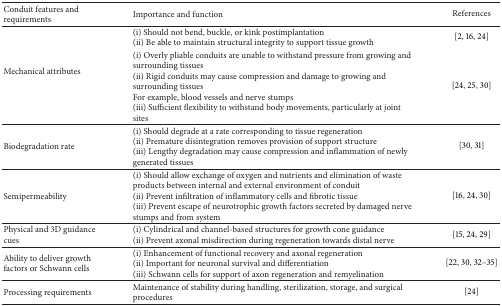
| Conduit features and requirements | Importance and function | References |
 | --- | --- | --- |
 | <ROWSPAN=2> Mechanical attributes | (i) Should not bend, buckle, or kink postimplantation(ii) Be able to maintain structural integrity to support tissue growth | [2, 16, 24] |
 | (i) Overly pliable conduits are unable to withstand pressure from growing and surrounding tissues(ii) Rigid conduits may cause compression and damage to growing and surrounding tissuesFor example, blood vessels and nerve stumps(iii) Sufficient flexibility to withstand body movements, particularly at joint sites | [24, 25, 30] |
 | Biodegradation rate | (i) Should degrade at a rate corresponding to tissue regeneration(ii) Premature disintegration removes provision of support structure(iii) Lengthy degradation may cause compression and inflammation of newly generated tissues | [30, 31] |
 | Semipermeability | (i) Should allow exchange of oxygen and nutrients and elimination of waste products between internal and external environment of conduit(ii) Prevent infiltration of inflammatory cells and fibrotic tissue(iii) Prevent escape of neurotrophic growth factors secreted by damaged nerve stumps and from system | [16, 24, 30] |
 | Physical and 3D guidance cues | (i) Cylindrical and channel-based structures for growth cone guidance (ii) Prevent axonal misdirection during regeneration towards distal nerve | [15, 24, 29] |
 | Ability to deliver growth factors or Schwann cells | (i) Enhancement of functional recovery and axonal regeneration(ii) Important for neuronal survival and differentiation(iii) Schwann cells for support of axon regeneration and remyelination | [22, 30, 32–35] |
 | Processing requirements | Maintenance of stability during handling, sterilization, storage, and surgical procedures | [24] |